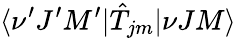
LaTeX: \langle\nu^{\prime}J^{\prime}M^{\prime}|\hat{T}_{jm}|\nu JM\rangle